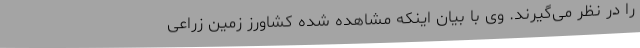
را در نظر می‌گیرند. وی با بیان اینکه مشاهده شده کشاورز زمین زراعی